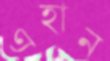
এহান